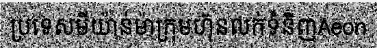
ប្រទេសមីយ៉ាន់ម៉ាក្រុមហ៊ុនលក់ទំនិញAeon